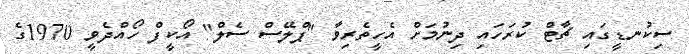
ސިކުނޑީގައި ޗާޓް ކުރަހައި ދިނުމަށް އެހީތެރިވާ "ޕްލޭސް ސެލް" އޯކީފް ހޯއްދެވީ 1970ގެ